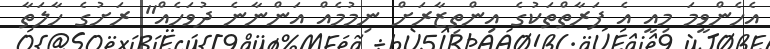
އެހެންވީމަ މިއީ އެ ފަރާތްތަކުގެ އިންތިޒާރަށް ނިމުމެއް އަންނާނެ ދުވަހެއް" ރަށުގެ ހާލަތާ